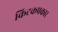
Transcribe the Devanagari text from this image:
किटकप्रकार